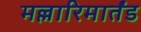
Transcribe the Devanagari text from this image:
मल्लारिमार्तंड